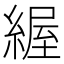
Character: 䌂